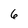
Character: 6